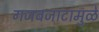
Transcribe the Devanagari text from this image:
गजबजाटामुळे